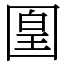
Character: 𡈁